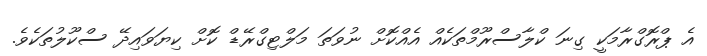
އެ ޕްރޮގްރާމަކީ ގިނަ ކްލާސްރޫމްތަކެއް އެއްކޮށް ނުވަތަ މަލްޓިގްރޭޑް ކޮށް ކިޔަވައިދޭ ސްކޫލުތަކެވެ.